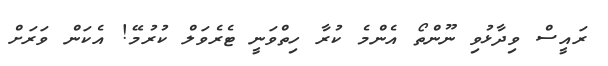
ރައީސް ވިދާޅުވި ނޫންތޯ އެންމެ ކުރާ ހިތްވަނީ ޓެރެވަލް ކުރުމޭ! އެކަން ވަރަށް